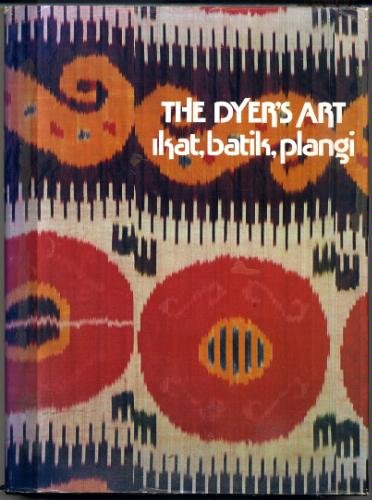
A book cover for The Dyer's Art: Ikat, Batik, Plangi; Jack Lenor Larsen; Crafts, Hobbies & Home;